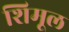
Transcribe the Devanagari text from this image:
शिमूल